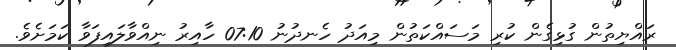
ރައްޔިތުން ގުޅިގެން ކުރި މަސައްކަތުން މިއަދު ހެނދުނު 07:10 ހާއިރު ނިއްވާލައިފަވާ ކަމަށެވެ.